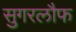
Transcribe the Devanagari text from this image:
सुगरलौफ